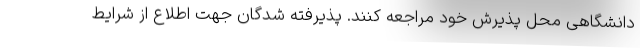
دانشگاهی محل پذیرش خود مراجعه کنند. پذیرفته شدگان جهت اطلاع از شرایط